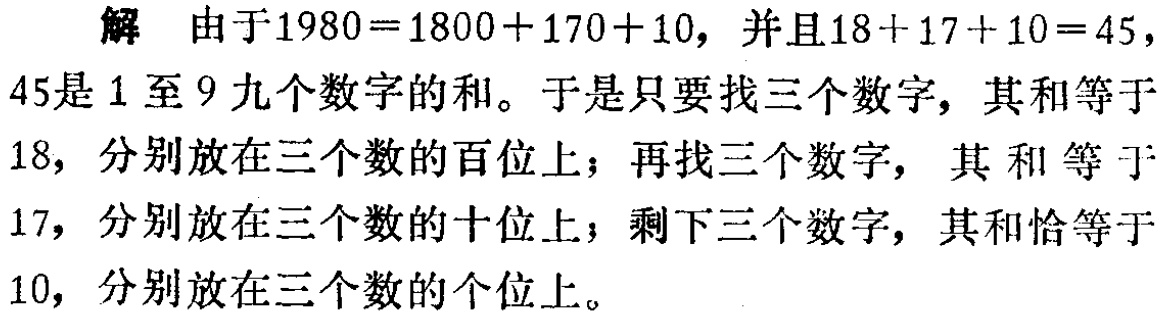
解 由于\(1980 = 1800 + 170 + 10\)，并且\(18 + 17 + 10 = 45\)，\(45\)是\(1\)至\(9\)九个数字的和。于是只要找三个数字，其和等于\(18\)，分别放在三个数的百位上；再找三个数字， 其和等于\(17\)，分别放在三个数的十位上；剩下三个数字，其和恰等于\(10\)，分别放在三个数的个位上。